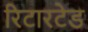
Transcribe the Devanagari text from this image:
रिटारटेड